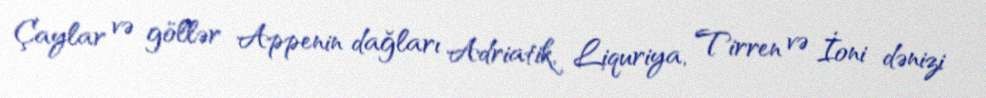
Çaylar və göllər Appenin dağları Adriatik, Liquriya, Tirren və İoni dənizi